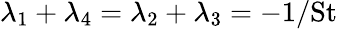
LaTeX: \lambda_{1}+\lambda_{4}=\lambda_{2}+\lambda_{3}=-1/\textrm{St}